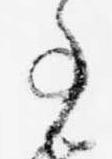
事